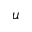
u